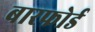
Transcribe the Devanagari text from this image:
बारफोर्ड